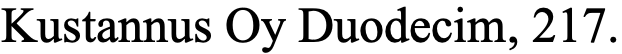
Kustannus Oy Duodecim, 217.